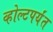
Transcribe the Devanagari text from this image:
व्होल्टपर्यंत